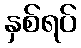
နှစ်ရပ်